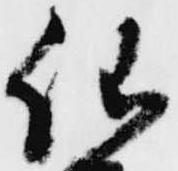
仙